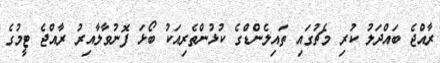
ރާއްޖެ ބައްދަލު ކުރި މެޗުގައި ތައިލެންޑްގެ ކުޅުންތެރިއަކު ބޯޅަ ފޮނުވާލާއިރު ރާއްޖެ ޓީމުގެ